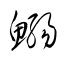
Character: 鰯